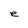
Character: e